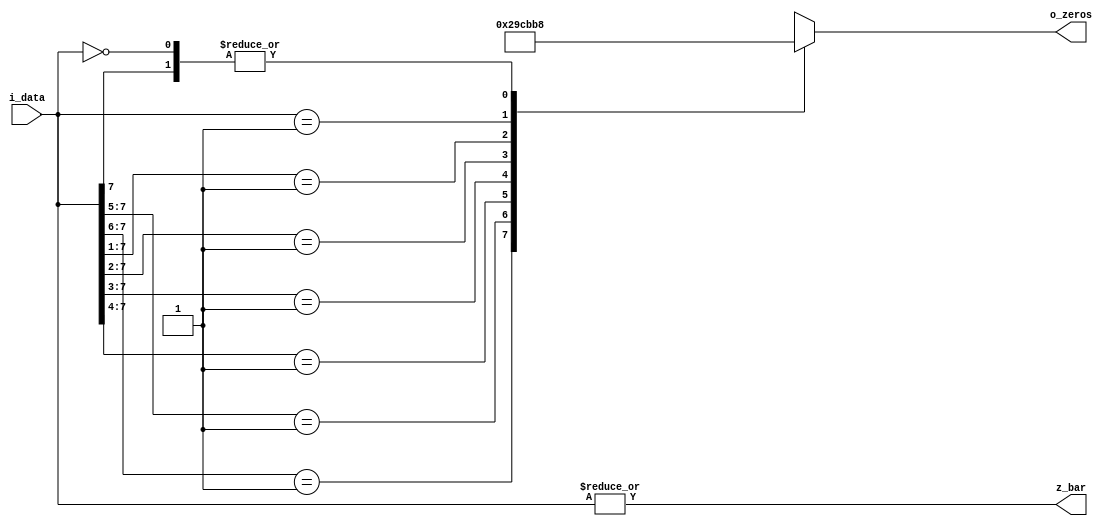
module lz_sub(i_data, z_bar, o_zeros);

    input wire [7:0] i_data;
    output wire z_bar;
    output reg [2:0] o_zeros;


    assign z_bar =|i_data[7:0];

    always@*
        begin
            casex(i_data)
                8'b1xxxxxxx:o_zeros[2:0]=3'b000;
                8'b01xxxxxx:o_zeros[2:0]=3'b001;
                8'b001xxxxx:o_zeros[2:0]=3'b010;
                8'b0001xxxx:o_zeros[2:0]=3'b011;
                8'b00001xxx:o_zeros[2:0]=3'b100;     
                8'b000001xx:o_zeros[2:0]=3'b101;
                8'b0000001x:o_zeros[2:0]=3'b110;
                8'b00000001:o_zeros[2:0]=3'b111;
                8'b00000000:o_zeros[2:0]=3'b000;
            endcase
        end


endmodule